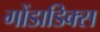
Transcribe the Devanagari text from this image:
गोंडाडिक्‍स